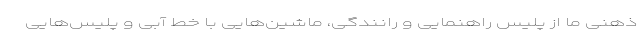
ذهنی ما از پلیس راهنمایی و رانندگی، ماشین‌هایی با خط آبی و پلیس‌هایی